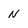
Character: N